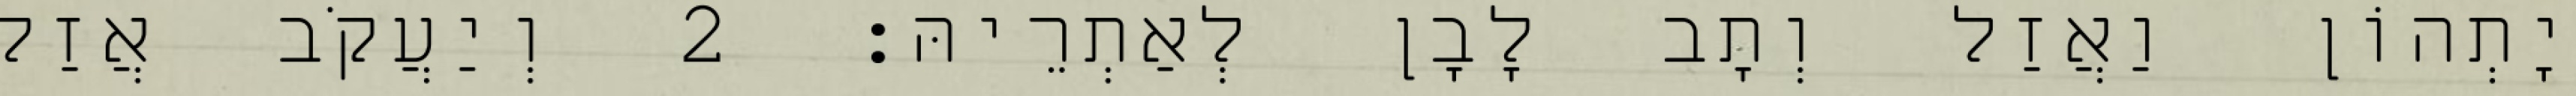
יָתְהוֹן וַאֲזַל וְתָב לָבָן לְאַתְרֵיהּ׃ 2 וְיַעֲקֹב אֲזַל